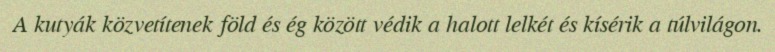
A kutyák közvetítenek föld és ég között védik a halott lelkét és kísérik a túlvilágon.